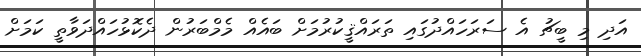
އަދި މި ބީޗު އެ ސަރަހައްދުގައި ތަރައްޤީކުރުމަށް ބައެއް މެމްބަރުން ދެކޮޅުހައްދަވާތީ ކަމަށް